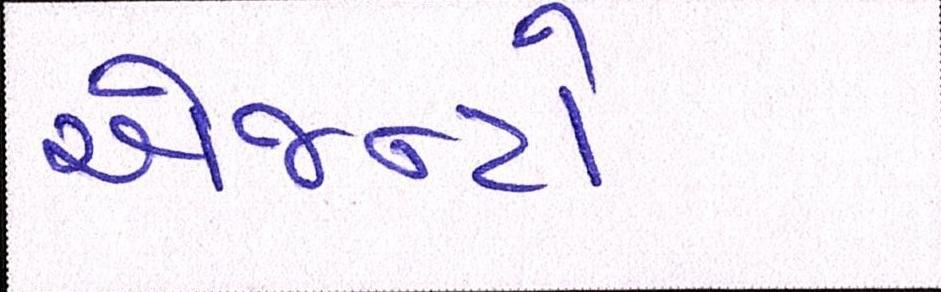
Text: એજન્ટો